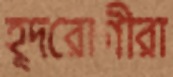
হূদরোগীরা